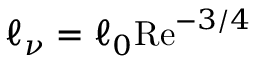
\ell _ { \nu } = \ell _ { 0 } \mathrm { R e } ^ { - 3 / 4 }